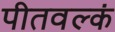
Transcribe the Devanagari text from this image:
पीतवल्कं